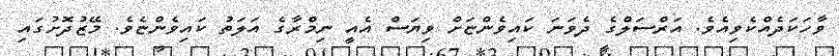
ވާހަކަދެއްކެވިއެވެ. އަރްސަލްގެ ދެވަނަ ކައިވެންޏަށް ވިޔަސް އެއީ ނިމްރާގެ އަލަތު ކައިވެންޏެވެ. މޭޒުދޮށުގައި